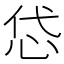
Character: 𢘋